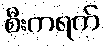
စီးကရက်